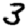
Digit: 3